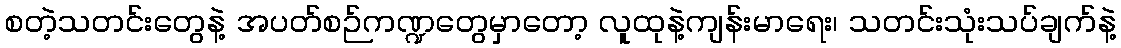
စတဲ့သတင်းတွေနဲ့ အပတ်စဉ်ကဏ္ဍတွေမှာတော့ လူထုနဲ့ကျန်းမာရေး၊ သတင်းသုံးသပ်ချက်နဲ့